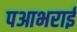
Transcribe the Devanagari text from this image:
पआभराई